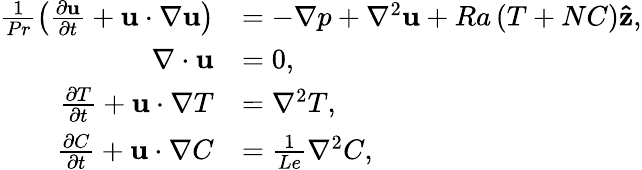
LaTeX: \begin{array}{rl}{\frac{1}{Pr}\left(\frac{\partial\mathbf{u}}{\partial t}+\mathbf{u}\cdot\nabla\mathbf{u}\right)}&{=-\nabla p+\nabla^{2}\mathbf{u}+Ra\left(T+NC\right)\mathbf{\hat{z}},}\\ {\nabla\cdot\mathbf{u}}&{=0,}\\ {\frac{\partial T}{\partial t}+\mathbf{u}\cdot\nabla T}&{=\nabla^{2}T,}\\ {\frac{\partial C}{\partial t}+\mathbf{u}\cdot\nabla C}&{=\frac{1}{Le}\nabla^{2}C,}\end{array}